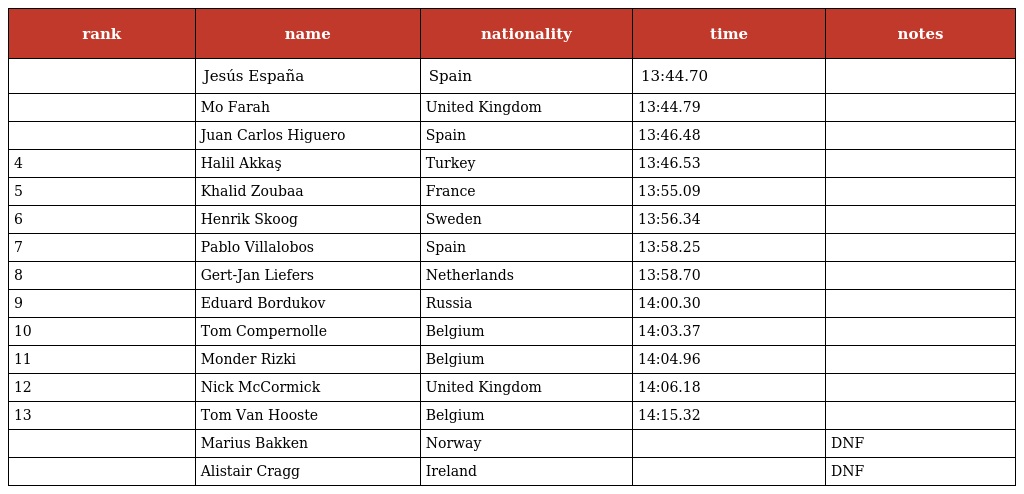
| rank | name | nationality | time | notes |
 | --- | --- | --- | --- | --- |
 |  | Jesús España | Spain | 13:44.70 |  |
 |  | Mo Farah | United Kingdom | 13:44.79 |  |
 |  | Juan Carlos Higuero | Spain | 13:46.48 |  |
 | 4 | Halil Akkaş | Turkey | 13:46.53 |  |
 | 5 | Khalid Zoubaa | France | 13:55.09 |  |
 | 6 | Henrik Skoog | Sweden | 13:56.34 |  |
 | 7 | Pablo Villalobos | Spain | 13:58.25 |  |
 | 8 | Gert-Jan Liefers | Netherlands | 13:58.70 |  |
 | 9 | Eduard Bordukov | Russia | 14:00.30 |  |
 | 10 | Tom Compernolle | Belgium | 14:03.37 |  |
 | 11 | Monder Rizki | Belgium | 14:04.96 |  |
 | 12 | Nick McCormick | United Kingdom | 14:06.18 |  |
 | 13 | Tom Van Hooste | Belgium | 14:15.32 |  |
 |  | Marius Bakken | Norway |  | DNF |
 |  | Alistair Cragg | Ireland |  | DNF |